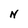
Character: N